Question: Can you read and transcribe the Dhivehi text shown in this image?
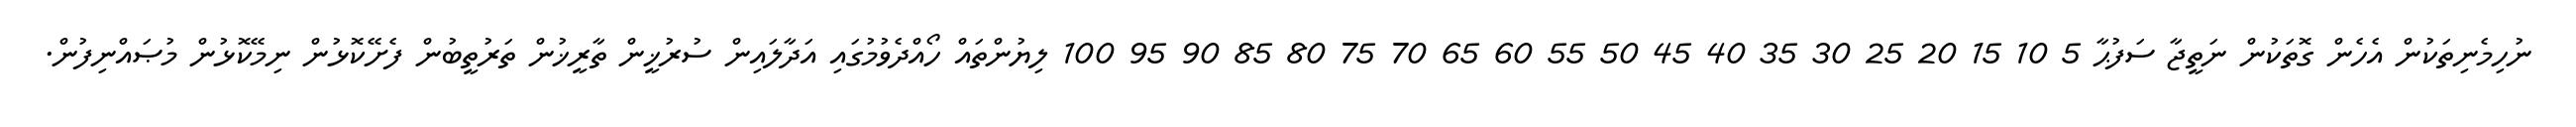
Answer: ނުހިމެނިތަކުން އެހެން ގޮތަކުން ނަތީޖާ ސަފުޙާ 5 10 15 20 25 30 35 40 45 50 55 60 65 70 75 80 85 90 95 100 ލިޔުންތައް ހޯއްދެވުމުގައި އަދާލައިން ސުރުޚީން ތާރީޚުން ތަރުތީބުން ފެށޭކޮޅުން ނިމޭކޮޅުން މުޞައްނިފުން.